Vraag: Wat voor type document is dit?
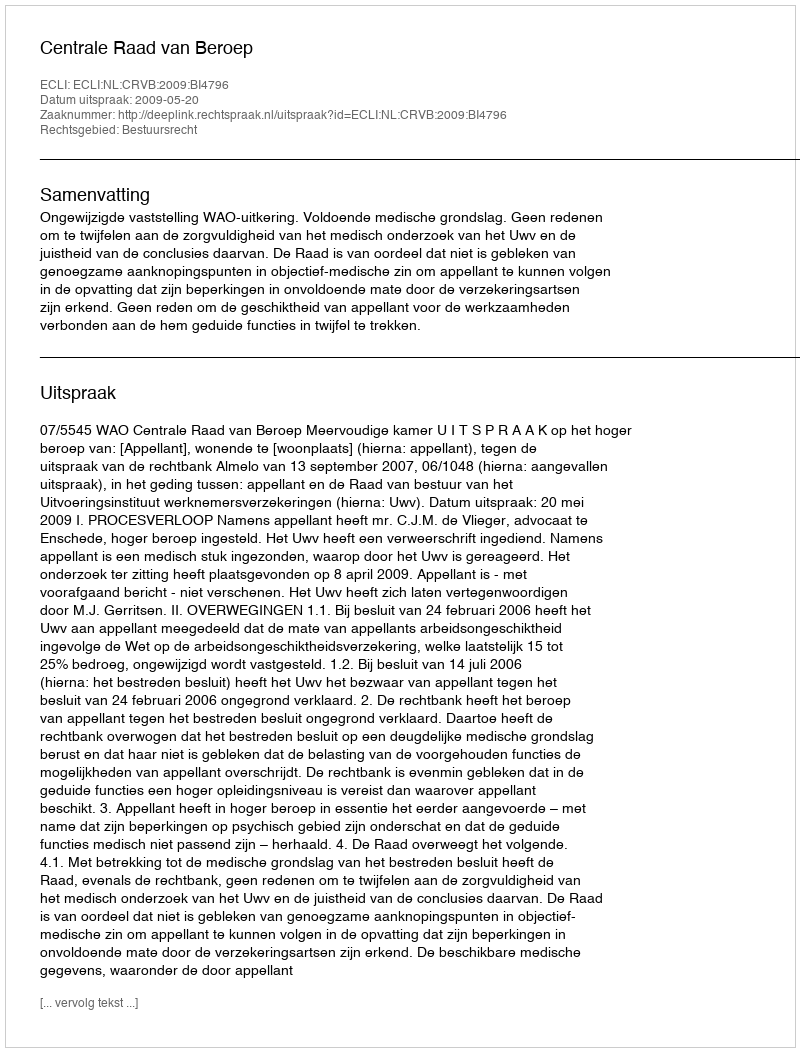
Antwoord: Uitspraak